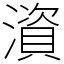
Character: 澬